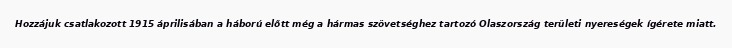
Hozzájuk csatlakozott 1915 áprilisában a háború előtt még a hármas szövetséghez tartozó Olaszország területi nyereségek ígérete miatt.